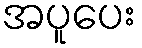
အပူပေး